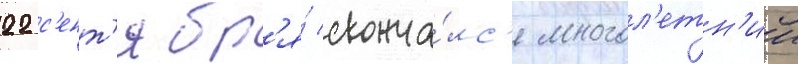
22 с'ент'ябр'я́ сконча́лс'я многол'етн'ии